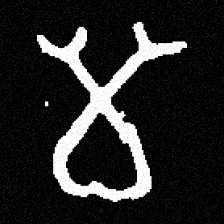
Pyu character \u2014 Myanmar letter: မ (romanized: ma)